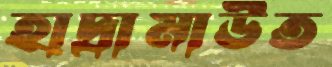
হাদ্রামাউত